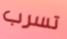
تسرب